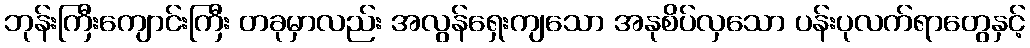
ဘုန်းကြီးကျောင်းကြီး တခုမှာလည်း အလွန်ရှေးကျသော အနုစိပ်လှသော ပန်းပုလက်ရာတွေနှင့်